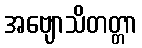
အဗျောသိတတ္တာ